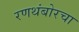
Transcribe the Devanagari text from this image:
रणथंबोरचा